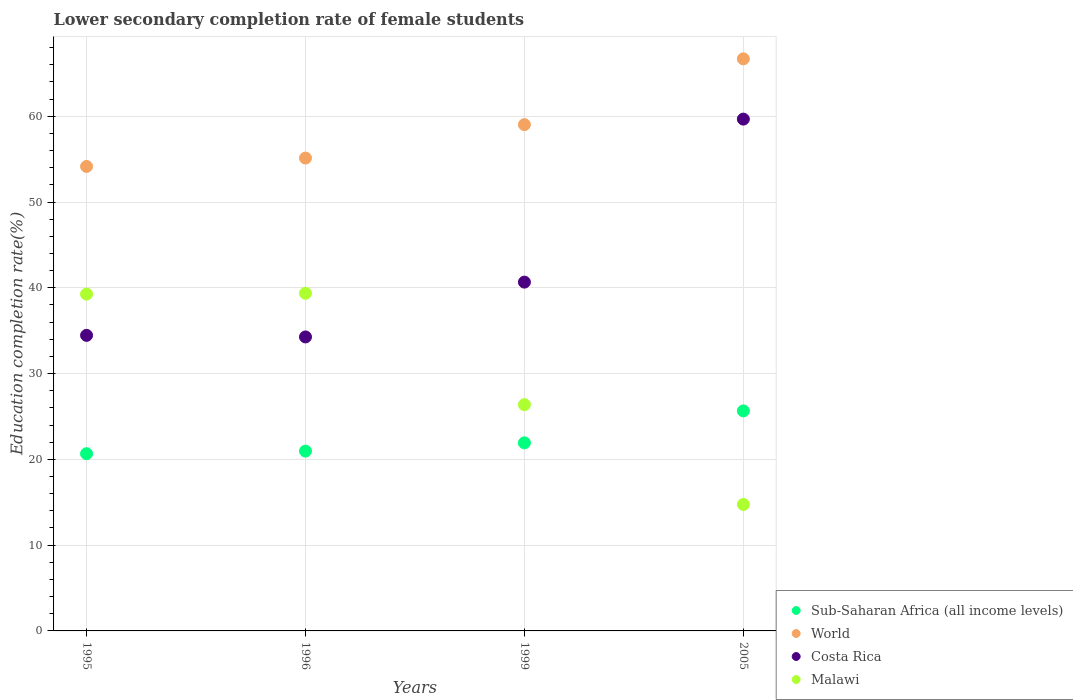
| Years | Sub-Saharan Africa (all income levels) | World | Costa Rica | Malawi |
 | --- | --- | --- | --- | --- |
 | 1995 | 20.7 | 54.1 | 34.5 | 39.3 |
 | 1996 | 21 | 55.1 | 34.3 | 39.4 |
 | 1999 | 21.9 | 59 | 40.7 | 26.4 |
 | 2005 | 25.7 | 66.7 | 59.7 | 14.7 |